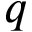
q